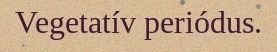
Vegetatív periódus.